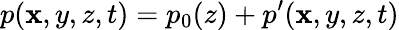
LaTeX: p(\mathbf{x},y,z,t)=p_{0}(z)+p^{\prime}(\mathbf{x},y,z,t)